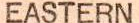
EASTERN